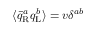
\textstyle \langle { \bar { q } } _ { \mathrm { { R } } } ^ { a } q _ { \mathrm { { L } } } ^ { b } \rangle = v \delta ^ { a b }